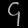
Digit: ၄